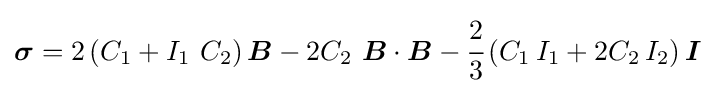
{\boldsymbol {\sigma }}=2\left(C_{1}+I_{1}~C_{2}\right){\boldsymbol {B}}-2C_{2}~{\boldsymbol {B}}\cdot {\boldsymbol {B}}-{\cfrac {2}{3}}\left(C_{1}\,I_{1}+2C_{2}\,I_{2}\right){\boldsymbol {I}}